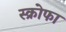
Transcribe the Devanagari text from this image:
स्क्रोफा